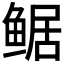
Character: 𱈀